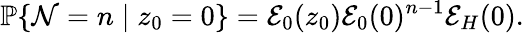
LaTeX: \mathbb{P}\{ \mathcal{N}=n\mid z_{0}=0\} =\mathcal{E}_{0}(z_{0})\mathcal{E}_{0}(0)^{n-1}\mathcal{E}_{H}(0).